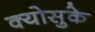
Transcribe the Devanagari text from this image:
क्योसुके